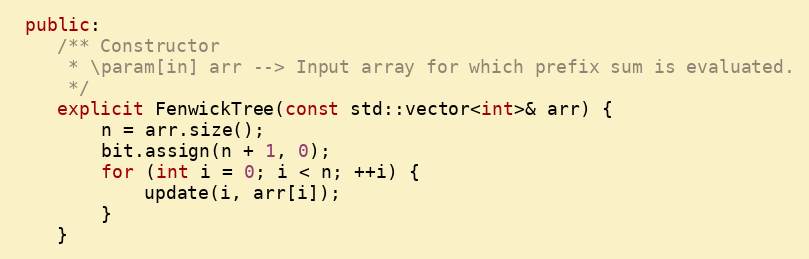
Language: C++
 public:
    /** Constructor
     * \param[in] arr --> Input array for which prefix sum is evaluated.
     */
    explicit FenwickTree(const std::vector<int>& arr) {
        n = arr.size();
        bit.assign(n + 1, 0);
        for (int i = 0; i < n; ++i) {
            update(i, arr[i]);
        }
    }